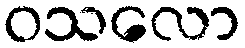
ဝသလော